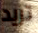
تريد